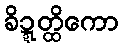
ခိဍ္ဍတ္ထိကော